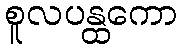
စူလပန္ထကော